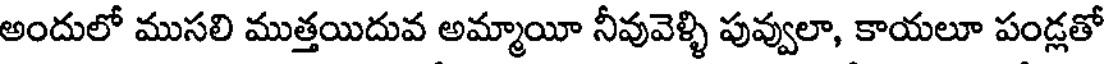
అందులో ముసలి ముత్తయిదువ అమ్మాయీ నీవువెళ్ళి పువ్వులా, కాయలూ పండ్లతో